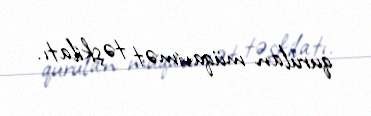
qurulan müqavimət təşkilatı.